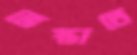
ভেস্তাতে